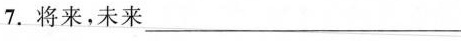
7.将来，未来_____ 8.牙齿_____